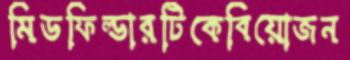
মিডফিল্ডারটিকেবিয়োজন